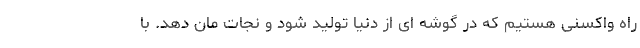
راه واکسنی هستیم که در گوشه ای از دنیا تولید شود و نجات مان دهد. با